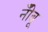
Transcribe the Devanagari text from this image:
नीँबू